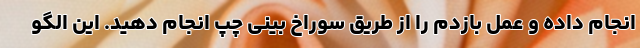
انجام داده و عمل بازدم را از طریق سوراخ بینی چپ انجام دهید. این الگو